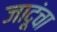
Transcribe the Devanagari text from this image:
जादूंचा